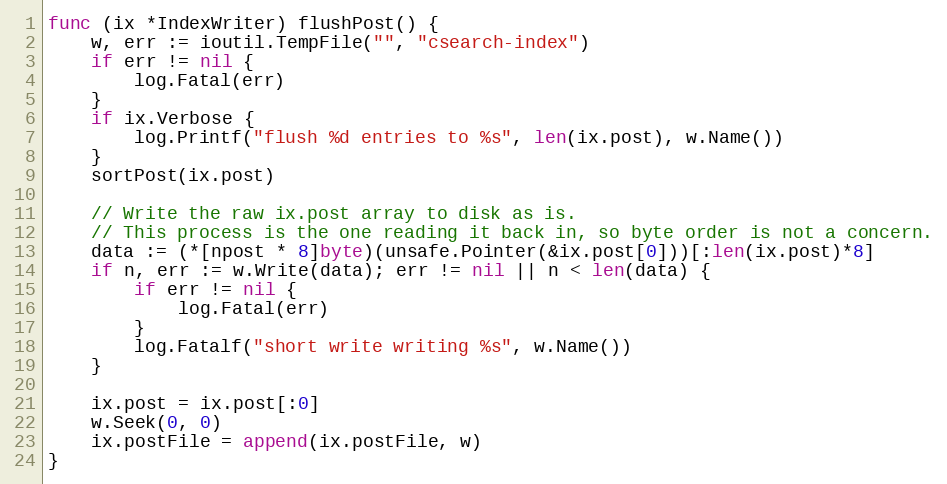
Language: Go
func (ix *IndexWriter) flushPost() {
	w, err := ioutil.TempFile("", "csearch-index")
	if err != nil {
		log.Fatal(err)
	}
	if ix.Verbose {
		log.Printf("flush %d entries to %s", len(ix.post), w.Name())
	}
	sortPost(ix.post)

	// Write the raw ix.post array to disk as is.
	// This process is the one reading it back in, so byte order is not a concern.
	data := (*[npost * 8]byte)(unsafe.Pointer(&ix.post[0]))[:len(ix.post)*8]
	if n, err := w.Write(data); err != nil || n < len(data) {
		if err != nil {
			log.Fatal(err)
		}
		log.Fatalf("short write writing %s", w.Name())
	}

	ix.post = ix.post[:0]
	w.Seek(0, 0)
	ix.postFile = append(ix.postFile, w)
}